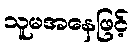
သူမအနေဖြင့်